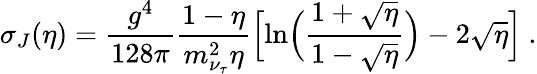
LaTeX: \sigma_{J}(\eta)=\frac{g^{4}}{128\pi}\frac{1-\eta}{m_{\nu_{\tau}}^{2}\eta}\Bigl[\ln\Bigl(\frac{1+\sqrt{\eta}}{1-\sqrt{\eta}}\Bigr)-2\sqrt{\eta}\Bigr]~.